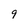
Character: 9